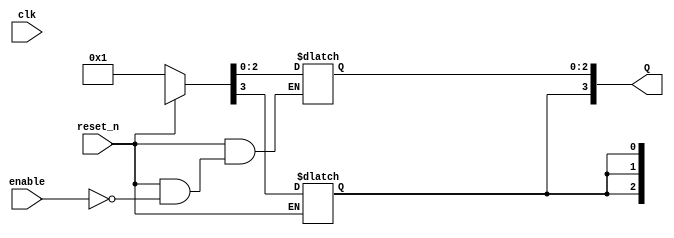
module async_ring_counter (
    input wire clk,          // Clock input
    input wire reset_n,      // Active low reset
    input wire enable,       // Enable signal for counting
    output reg [3:0] Q       // 4-bit output representing the counter state
);

    // Asynchronous Reset
    always @(*) begin
        if (!reset_n) begin
            Q = 4'b0001;      // Set to initial state 0001 on reset
        end else begin
            if (enable) begin
                // Shift the ring counter state
                Q[0] = Q[3];   // The output of FF3 goes to FF0
                Q[1] = Q[0];   // The output of FF0 goes to FF1
                Q[2] = Q[1];   // The output of FF1 goes to FF2
                Q[3] = Q[2];   // The output of FF2 goes to FF3
            end
        end
    end

endmodule